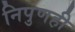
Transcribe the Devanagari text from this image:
निपुणही